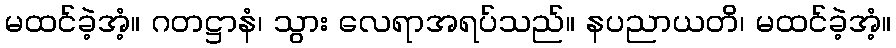
မထင်ခဲ့အံ့။ ဂတဋ္ဌာနံ၊ သွား လေရာအရပ်သည်။ နပညာယတိ၊ မထင်ခဲ့အံ့။